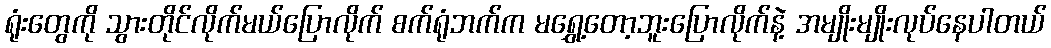
ရုံးတွေကို သွားတိုင်လိုက်မယ်ပြောလိုက် စက်ရုံဘက်က မရွှေ့တော့ဘူးပြောလိုက်နဲ့ အမျိုးမျိုးလုပ်နေပါတယ်